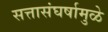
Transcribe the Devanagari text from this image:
सत्तासंघर्षामुळे